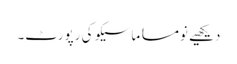
دیکھیے نومسا ماسیکو کی رپورٹ۔